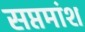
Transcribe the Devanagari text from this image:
सप्तमांश